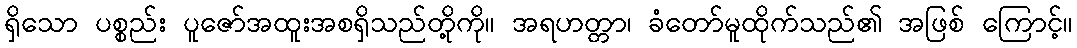
ရှိသော ပစ္စည်း ပူဇော်အထူးအစရှိသည်တို့ကို။ အရဟတ္တာ၊ ခံတော်မူထိုက်သည်၏ အဖြစ် ကြောင့်။